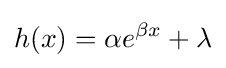
h(x)=\alpha e^{\beta x}+\lambda